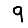
Digit: 9